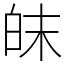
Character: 皌